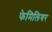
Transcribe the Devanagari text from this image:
फेमिलियर